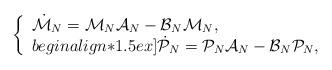
LaTeX: \begin{align*} \left\{\begin{array}{l} \dot{{\mathcal M}}_N = {\mathcal M}_N{\mathcal A}_N-{\mathcal B}_N{\mathcal M}_N, \\begin{align*}1.5ex] \dot{{\mathcal P}}_N = {\mathcal P}_N{\mathcal A}_N-{\mathcal B}_N{\mathcal P}_N,\end{array}\right.\end{align*}